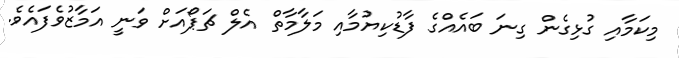
މިކަމާއި ގުޅިގެން ގިނަ ބައެއްގެ ފާޑުކިޔުމާއި މަލާމާތް އެލް ޗަޕޯއަށް ވަނީ އަމާޒުވެފައެވެ.